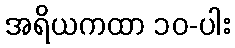
အရိယကထာ ၁၀-ပါး